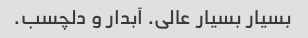
بسیار بسیار عالی. آبدار و دلچسب.